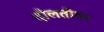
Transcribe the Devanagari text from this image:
दौलतीवर